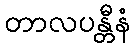
တာလပန္တီနံ